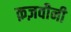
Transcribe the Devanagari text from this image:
क़ज़वीनी